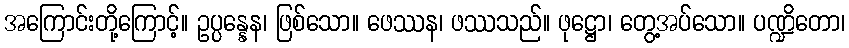
အကြောင်းတို့ကြောင့်။ ဥပ္ပန္နေန၊ ဖြစ်သော။ ဖေဿန၊ ဖဿသည်။ ဖုဋ္ဌော၊ တွေ့အပ်သော။ ပဏ္ဍိတော၊